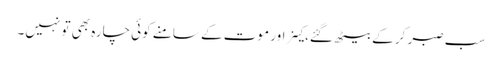
سب صبر کر کے بیٹھ گئے، کینر اور موت کے سامنے کوئی چارہ بھی تو نہیں۔